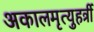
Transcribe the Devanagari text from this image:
अकालमृत्युहर्त्री